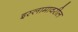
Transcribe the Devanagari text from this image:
इस्लामावरील